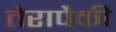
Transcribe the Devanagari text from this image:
तेरापैकी